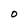
Character: O